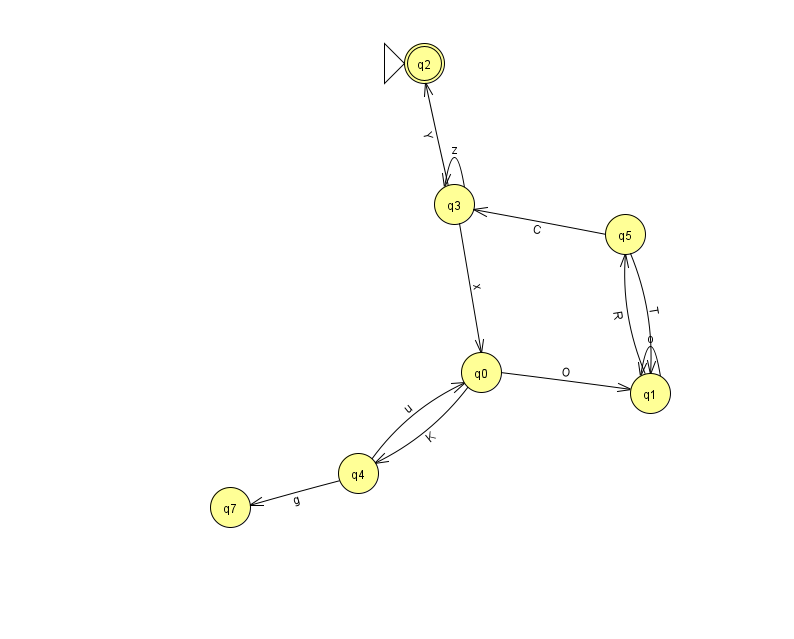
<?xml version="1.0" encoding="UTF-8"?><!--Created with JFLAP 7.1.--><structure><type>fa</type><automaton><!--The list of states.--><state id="0" name="q0"><x>481.0</x><y>359.0</y></state><state id="1" name="q1"><x>650.0</x><y>380.0</y></state><state id="2" name="q2"><x>424.0</x><y>50.0</y><initial/><final/></state><state id="3" name="q3"><x>454.0</x><y>191.0</y></state><state id="4" name="q4"><x>358.0</x><y>460.0</y></state><state id="5" name="q5"><x>625.0</x><y>221.0</y></state><state id="7" name="q7"><x>230.0</x><y>494.0</y></state><!--The list of transitions.--><transition><from>4</from><to>7</to><read>g</read></transition><transition><from>5</from><to>1</to><read>T</read></transition><transition><from>3</from><to>0</to><read>x</read></transition><transition><from>4</from><to>0</to><read>u</read></transition><transition><from>1</from><to>5</to><read>R</read></transition><transition><from>5</from><to>3</to><read>C</read></transition><transition><from>0</from><to>1</to><read>O</read></transition><transition><from>3</from><to>3</to><read>z</read></transition><transition><from>3</from><to>2</to><read>Y</read></transition><transition><from>0</from><to>4</to><read>K</read></transition><transition><from>1</from><to>1</to><read>o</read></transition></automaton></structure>